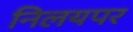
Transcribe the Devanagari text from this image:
निलयपर